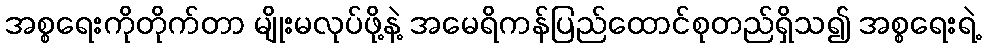
အစ္စရေးကိုတိုက်တာ မျိုးမလုပ်ဖို့နဲ့ အမေရိကန်ပြည်ထောင်စုတည်ရှိသ၍ အစ္စရေးရဲ့